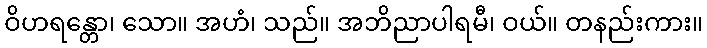
ဝိဟရန္တော၊ သော။ အဟံ၊ သည်။ အဘိညာပါရမီ၊ ဝယ်။ တနည်းကား။